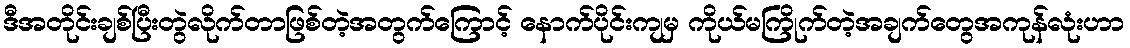
ဒီအတိုင်းချစ်ပြီးတွဲလိုက်တာဖြစ်တဲ့အတွက်ကြောင့် နောက်ပိုင်းကျမှ ကိုယ်မကြိုက်တဲ့အချက်တွေအကုန်လုံးဟာ